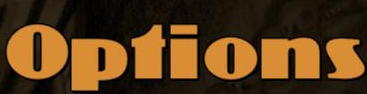
Options